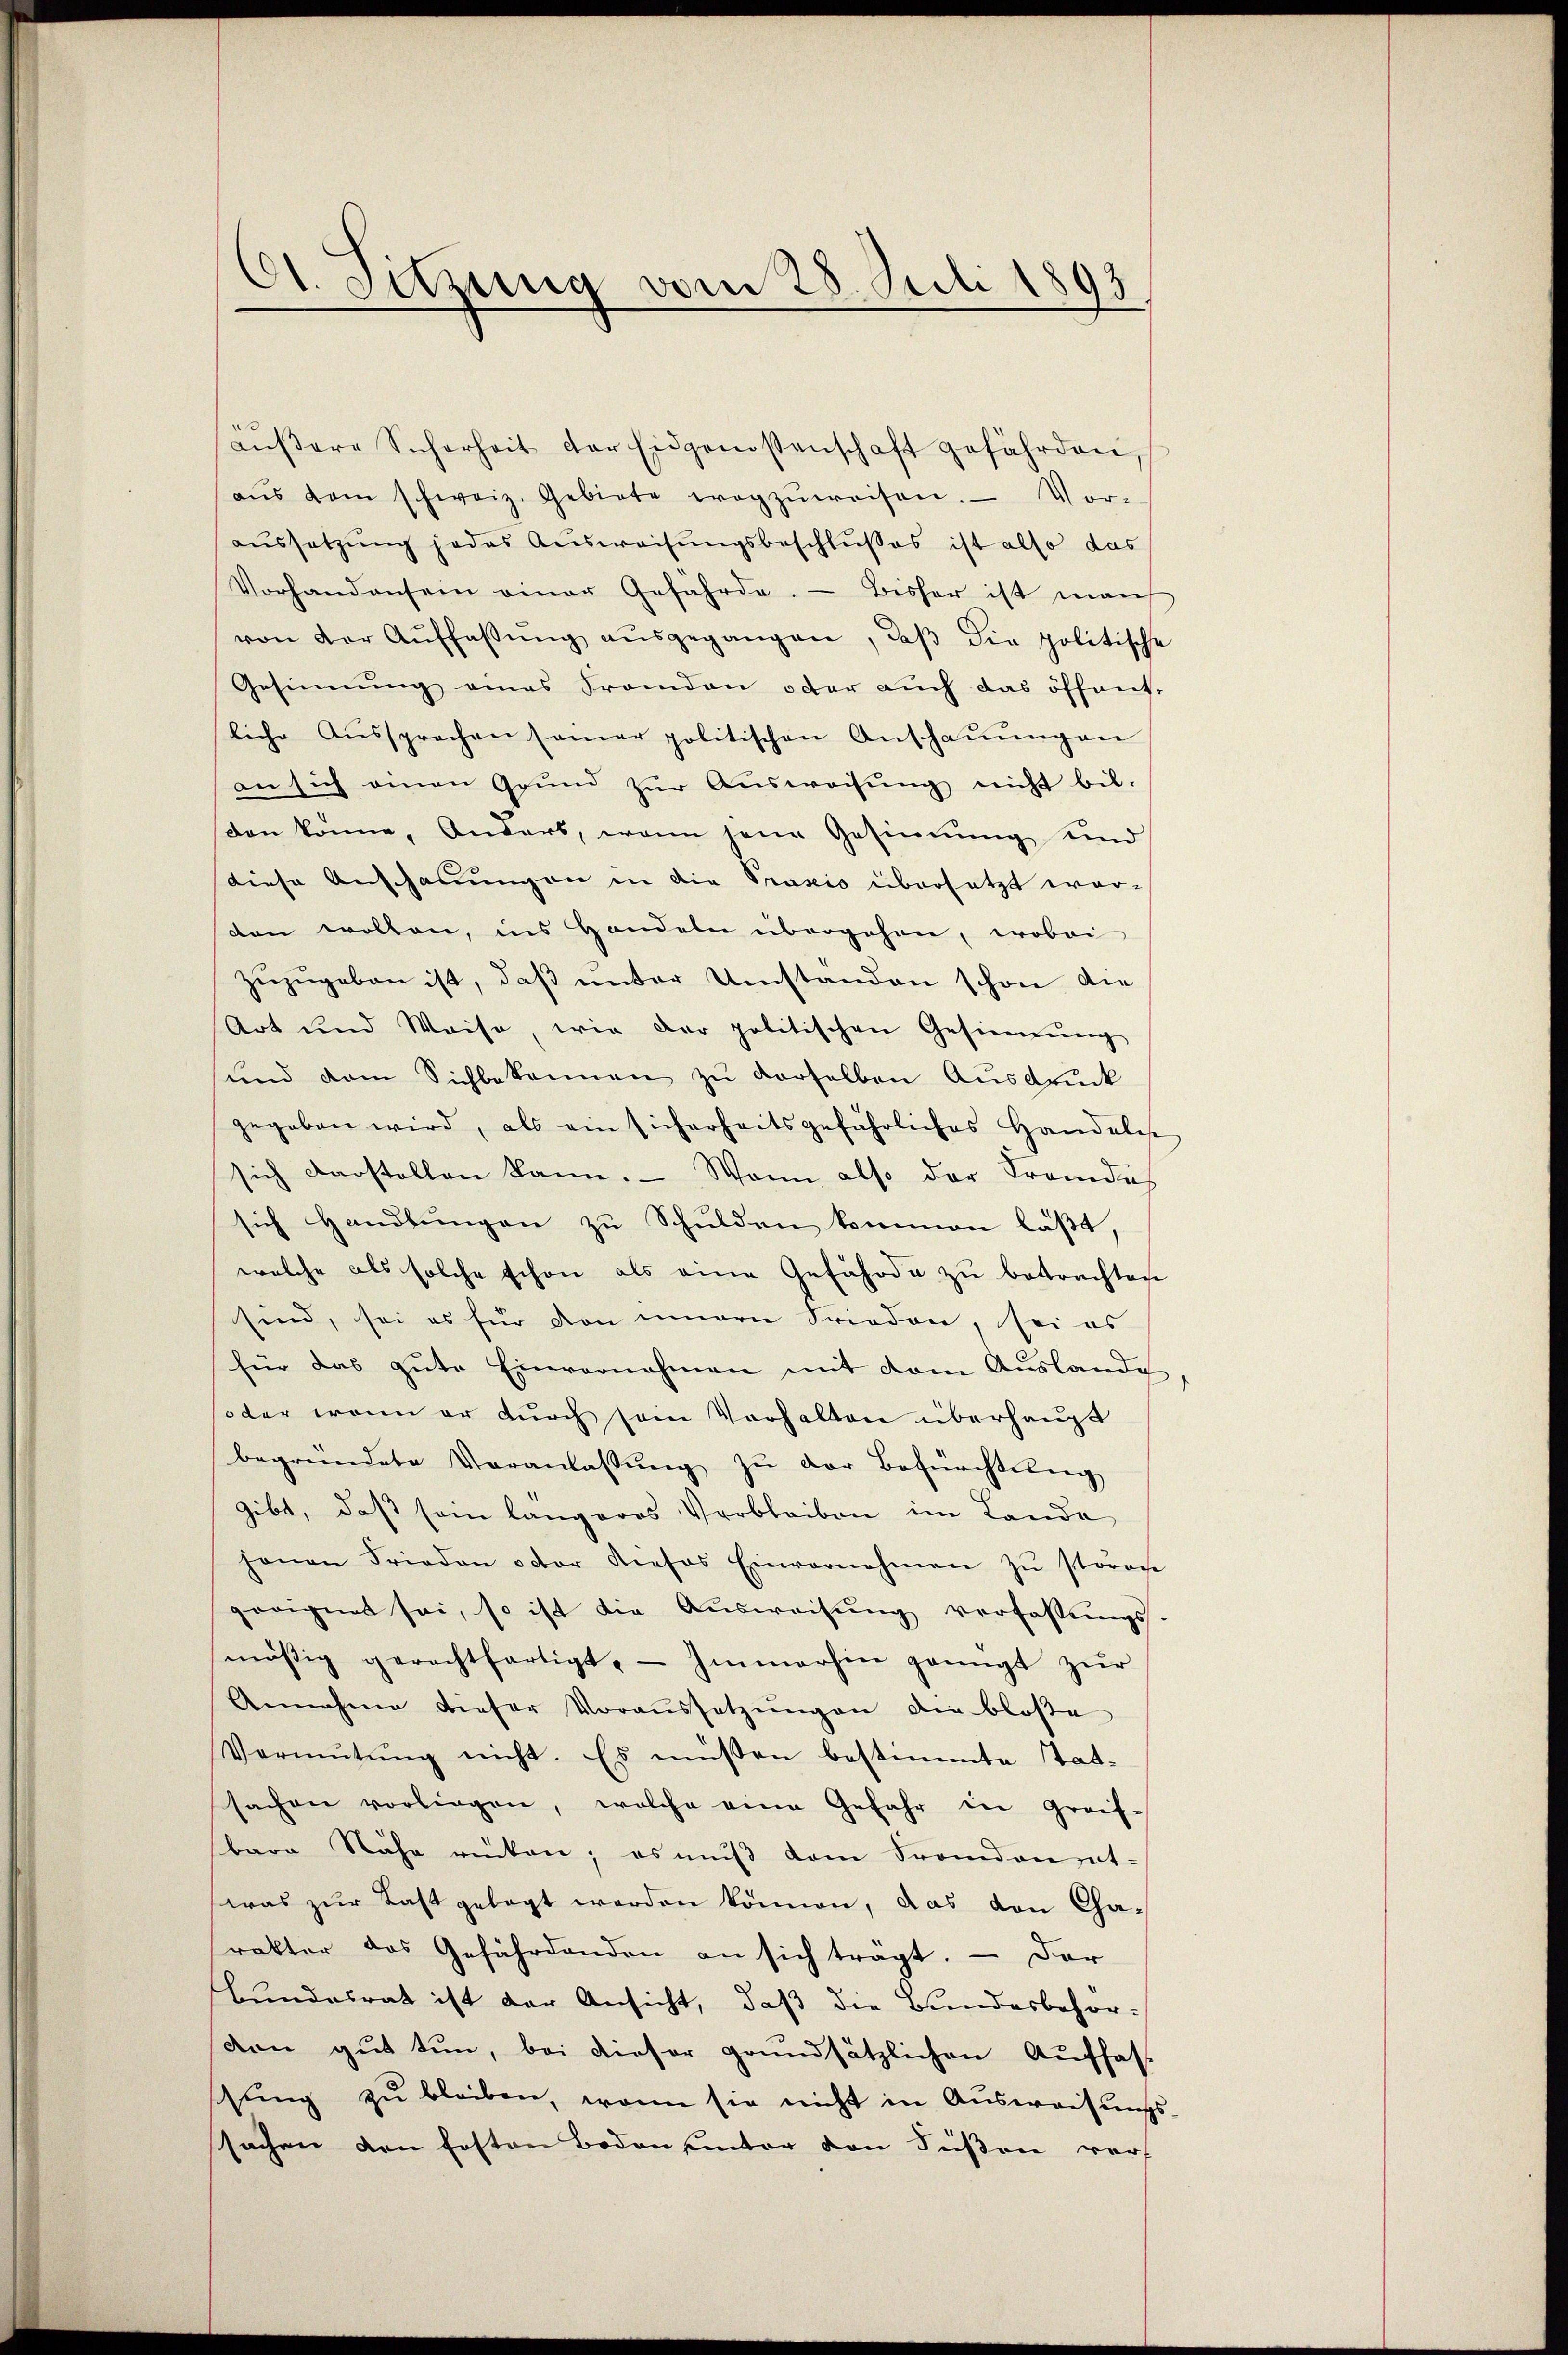
Ot. Sitzung vom 28. Juli 1893.

Lŭβere Sicherheit der Eidgenossenschaft gefährden,
aŭs dem schweiz. Gebiete wegzŭweisen. Vor-
aussetzung jedes Aŭsweisungsbeschlusses ist also das
Vorhandensein einer Gefährde. Bisher ist man
von der Aŭffassŭng aŭsgegangen, daβ die politische
Gesinnung eines Franden oder auch das öffent-
liche Aŭssprochen samer politischen Anschaŭŭngen
an sich einen Grŭnd zŭr Aŭsweisŭng nicht bil-
don könne, Andert, wenn jene Gesinnung und
diese Anschauungen in die Praxis übersetzt wor-
den wollen, ins Handeln übergehen, wobei
zŭzŭgeben ist, daβ ŭnter Umständen schon die
Art und Waise, wie der politischen Gesinnung
und dem Sichbekannen zu derselben Ausdruck
gegeben wird, als ein sicherheitsgefährliches Handelese
sich darstellen kann. Wann also der Fremde
sich Handlungen zu Schulden kommen läßt
welche als solche schon als eine Gefährde zu betrachten
sind, sei es für den innern Frieden, sei es
für das gute Einvernehmen mit dem Auslande
oder wenn er durch sein Verhalten überhaupt
begründete Veranlassŭng zŭ der Befürchtung
gibt, daß sein längeres Verbleiben im Landa
hanen Frieden oder Rieses Einvernehmen zŭ stören
geeignet sei, so ist die Aŭsweisŭng verfassŭngs-
mäsig gerechtfertigt. Immerhin genügt zŭr
Annahme dieser Voraŭssetzŭngen die bloße
Vormŭtŭng nicht. Es müßen bestimmte Tat-
sachen vorliegen, welche eine Gefahr in greif-
bare Nähe rücken; es muß dem Frandanhat-
was zŭr Last gelegt werden können, das von Cha-
rakter das Gefährdenden an sich tragt. – Dar
bundesrat ist der Ansicht, daß die Bundesbehör-
don gut tun, bei dieser grundsätzlichen Auffas
schŭng zŭ bleiben, wenn sie nicht in Aŭsweisŭngs-
sachen den festen Boden unter den Füßen verf